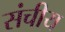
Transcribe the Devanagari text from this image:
संचीय